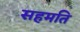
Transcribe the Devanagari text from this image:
सहमति